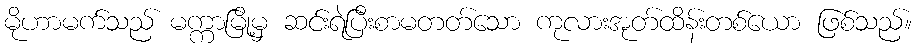
မိုဟာမက်သည် မက္ကာမြို့မှ ဆင်းရဲပြီးစာမတတ်သော ကုလားအုတ်ထိန်းတစ်ယော ဖြစ်သည်။